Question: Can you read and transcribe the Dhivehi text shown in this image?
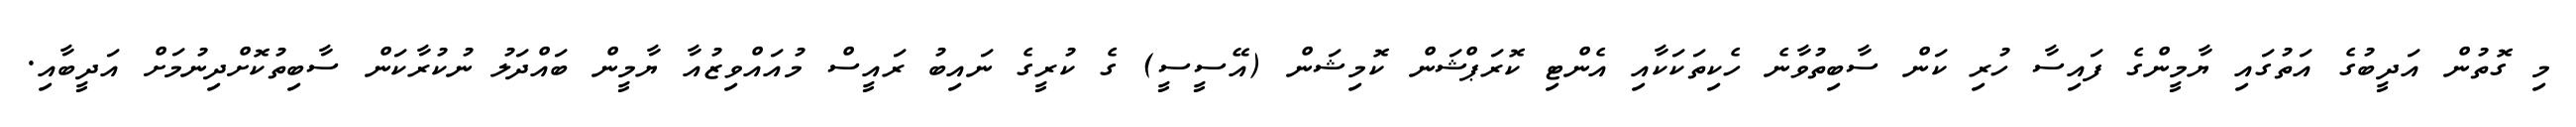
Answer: މި ގޮތުން އަދީބުގެ އަތުގައި ޔާމީންގެ ފައިސާ ހުރި ކަން ސާބިތުވާނެ ހެކިތަކަކާއި އެންޓި ކޮރަޕްޝަން ކޮމިޝަން (އޭސީސީ) ގެ ކުރީގެ ނައިބު ރައީސް މުއައްވިޒުއާ ޔާމީން ބައްދަލު ނުކުރާކަން ސާބިތުކޮށްދިނުމަށް އަދީބާއި.